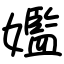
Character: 㜮